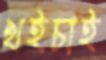
খইচাই